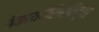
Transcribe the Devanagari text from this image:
बेकायदेशिररित्या